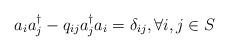
LaTeX: \begin{align*}a_{i}a_{j}^{\dagger} - q_{ij}a_{j}^{\dagger}a_{i} = \delta_{ij} , \forall i,j\in S\end{align*}